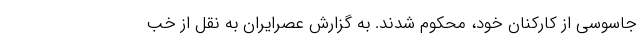
جاسوسی از کارکنان خود، محکوم شدند. به گزارش عصرایران به نقل از خب